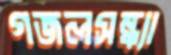
গজলসন্ধ্যা